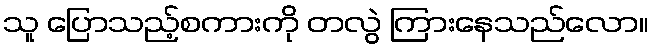
သူ ပြောသည့်စကားကို တလွဲ ကြားနေသည်လော။